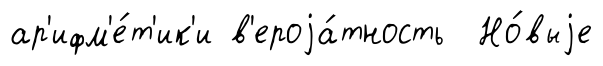
ар'ифм'е́т'ик'и в'ероjа́тность Но́выjе